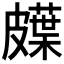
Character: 𱲇